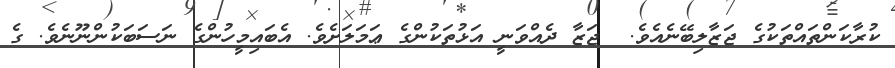
ކުރާކަންތައްތަކުގެ ޖަޒާލިބޭނެއެވެ.  ޖަޒާ ދެއްވަނީ އަޅުތަކުންގެ ޢަމަލަށެވެ. އެބައިމީހުންގެ ނަސަބަކުންނޫނެވެ. ގެ